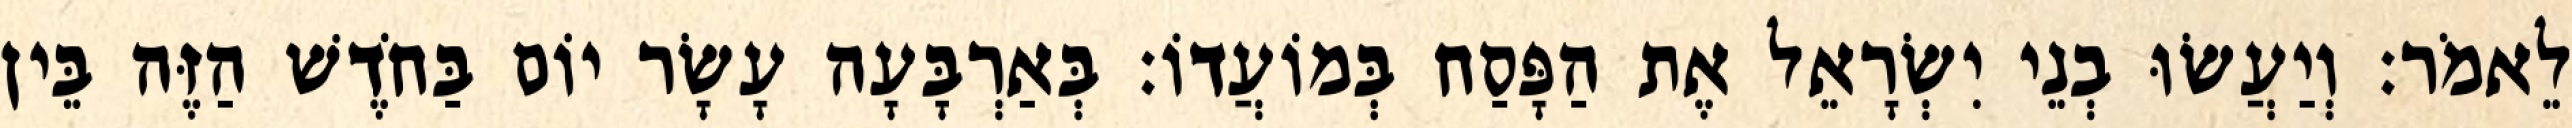
לֵאמֹר׃ וְיַעֲשׂוּ בְנֵי יִשְׂרָאֵל אֶת הַפָּסַח בְּמוֹעֲדוֹ׃ בְּאַרְבָּעָה עָשָׂר יוֹם בַּחֹדֶשׁ הַזֶּה בֵּין